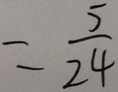
= \frac { 5 } { 2 4 }